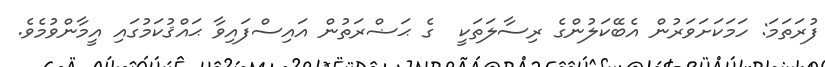
ފުރަތަމަ: ހަމަކަށަވަރުން އެބޭކަލުންގެ ރިސާލަތަކީ  ގެ ޙަޟްރަތުން އައިސްފައިވާ ޙައްޤުކަމުގައި އީމާންވުމެވެ.